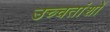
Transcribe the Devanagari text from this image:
उच्चतांशों